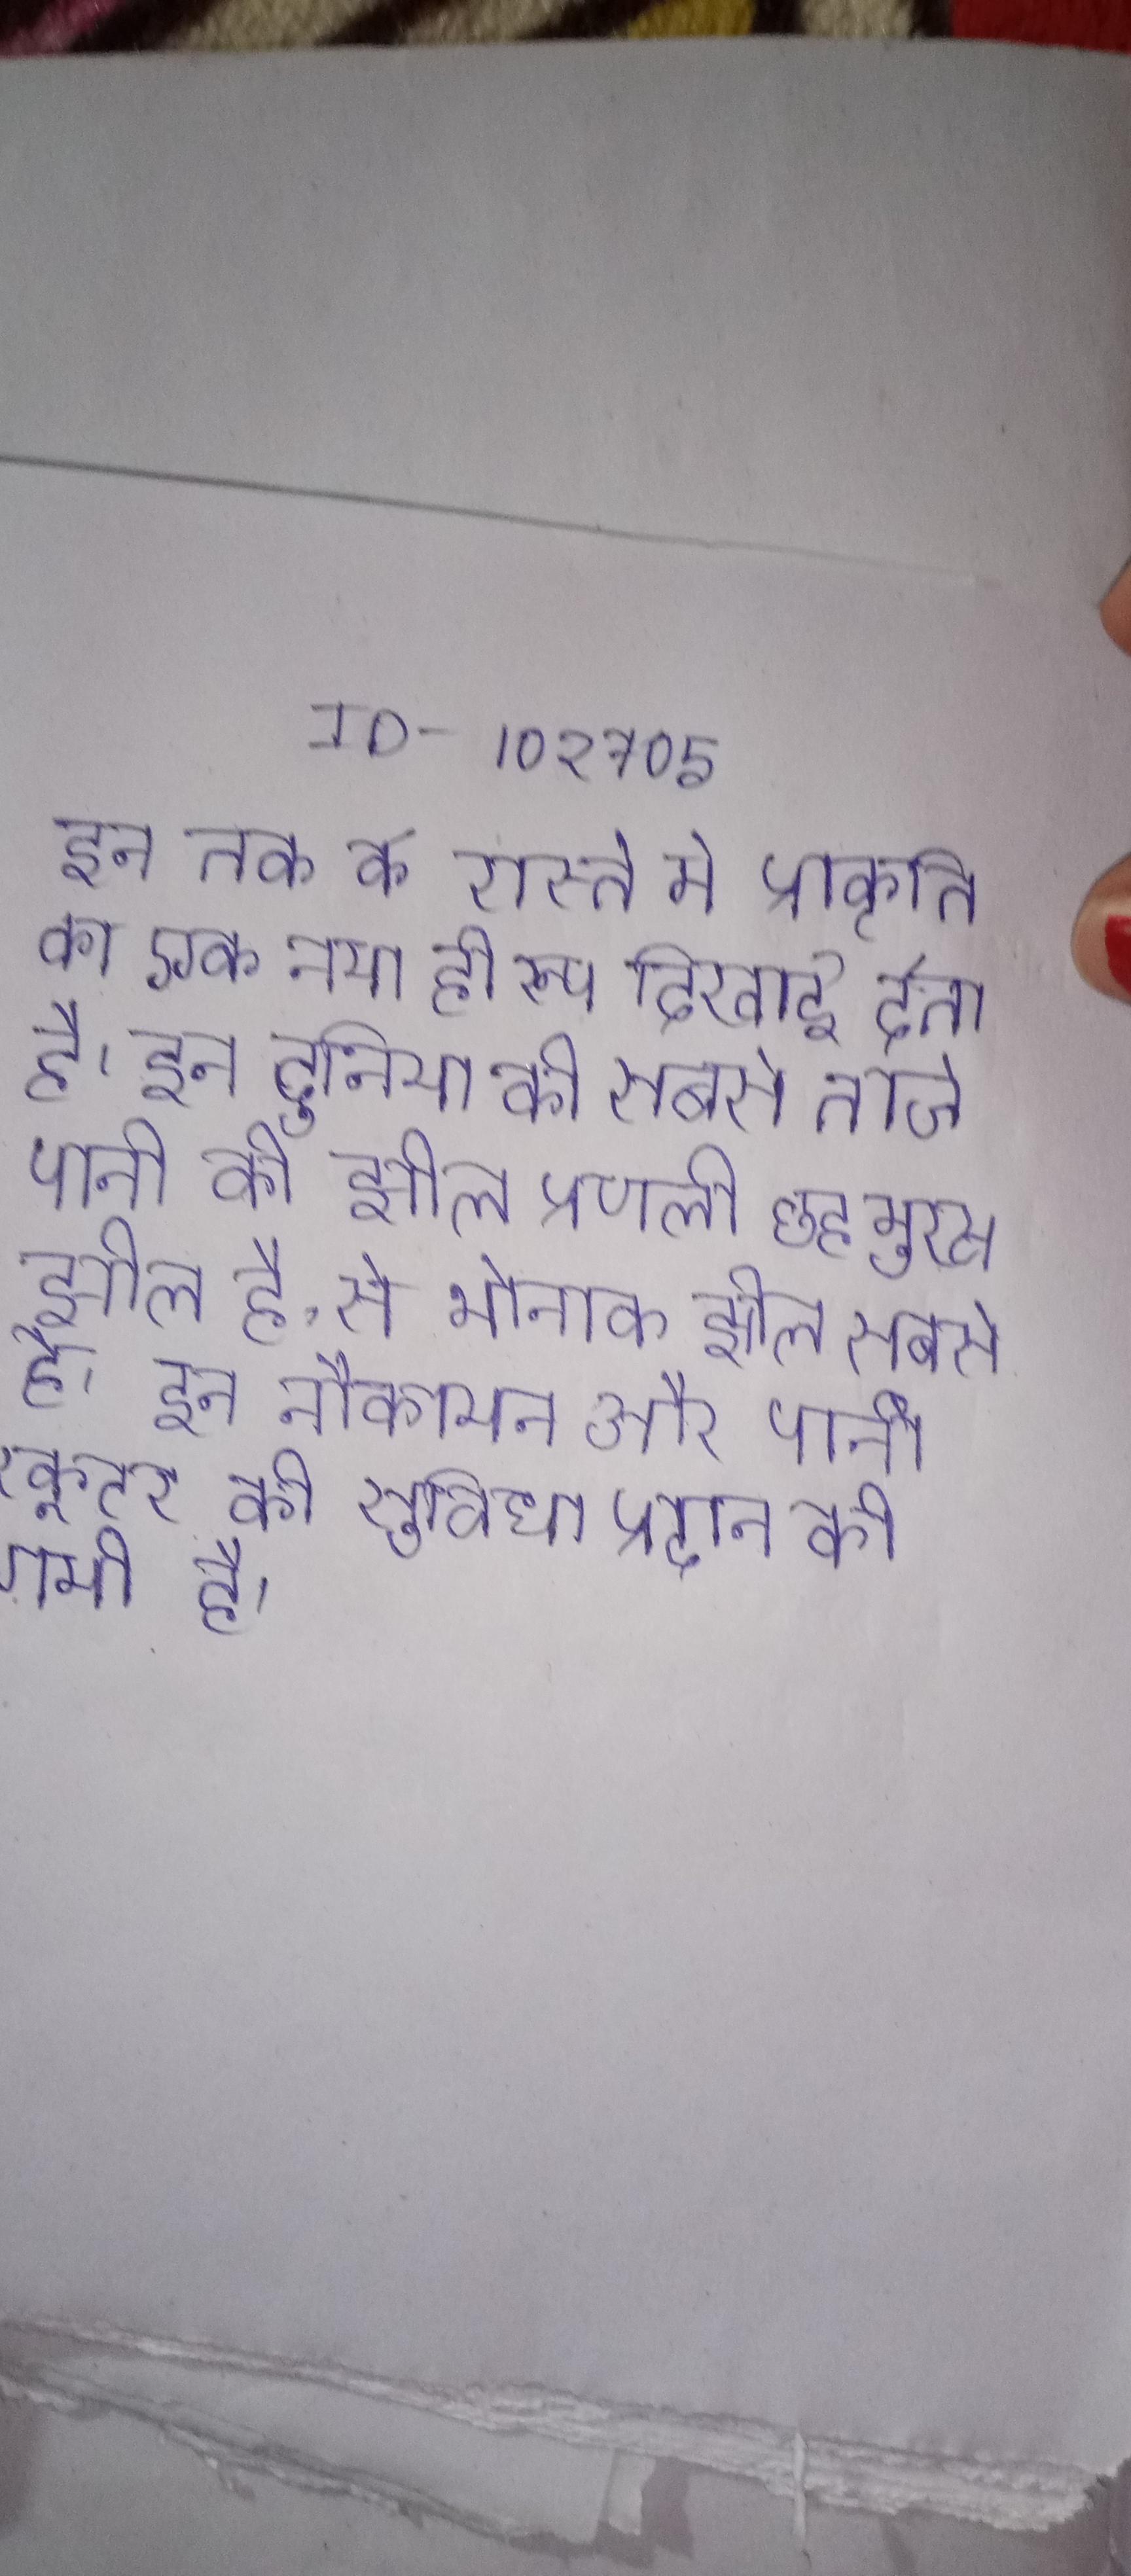
इन तक के रास्ते मे प्रकृति का एक नया ही रूप दिखाई देता है । इन दुनिया की सबसे ताजे पानी की झील प्रणाली छह मुख्य झील है, से थोनाक झील सबसे है । इन नौकायन और पानी स्कूटर की सुविधा प्रदान की गयी है ।